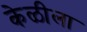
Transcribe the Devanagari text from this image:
केळीला